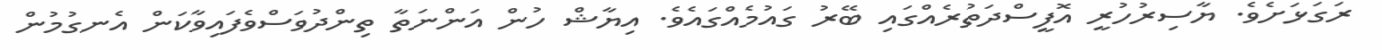
ރަގަޅަށެވެ. ޔާސިރުހުރީ އޮފީސްދަތުރެއްގައި ބޭރު ގައުމެއްގައެވެ. އިޔާޝް ހުން އަންނަތާ ތިންދުވަސްވެފައިވާކަން އެނގުމުން